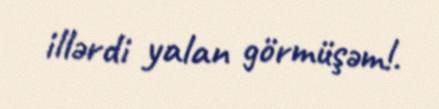
illərdi yalan görmüşəm!.